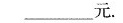
___元。